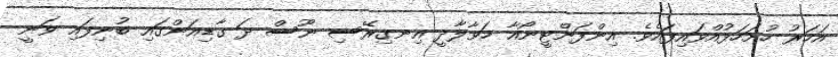
އަހަރު ހުށަހަޅުއްވައިފައެވެ. އިންފަންޓީނޯއާ ހަވާލާދީ އިނގިރޭސި ނޫސް ދަ ގާޑިއަންގައި ބުނިފައި ވަނީ